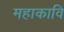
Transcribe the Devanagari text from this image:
महाकावि